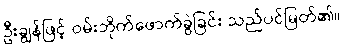
ဦးချွန်ဖြင့် ဝမ်းဘိုက်ဖောက်ခွဲခြင်း သည်ပင်မြတ်၏။